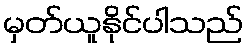
မှတ်ယူနိုင်ပါသည်